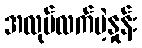
အလုပ်လက်မဲ့နှုန်း